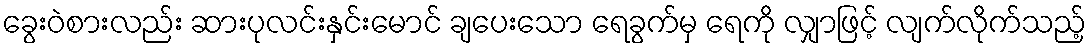
ခွေးဝဲစားလည်း ဆားပုလင်းနှင်းမောင် ချပေးသော ရေခွက်မှ ရေကို လျှာဖြင့် လျက်လိုက်သည့်